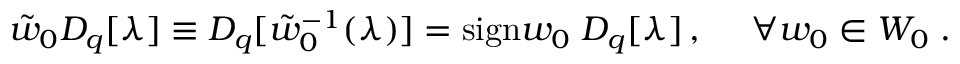
\tilde { w } _ { 0 } D _ { q } [ \lambda ] \equiv D _ { q } [ \tilde { w } _ { 0 } ^ { - 1 } ( \lambda ) ] = \mathrm { s i g n } w _ { 0 } \; D _ { q } [ \lambda ] \, , ~ ~ ~ ~ \forall w _ { 0 } \in { \cal W } _ { 0 } \; .